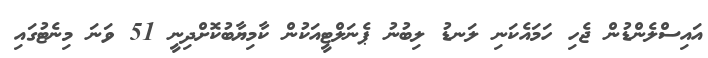
އައިސްލެންޑުން ޖެހި ހަމައެކަނި ލަނޑު ލިބުނު ޕެނަލްޓީއަކުން ކާމިޔާބުކޮށްދިނީ 51 ވަނަ މިނެޓުގައި